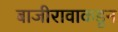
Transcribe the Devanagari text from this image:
बाजीरावाकडून